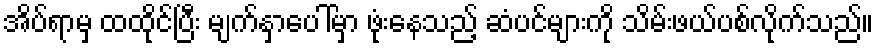
အိပ်ရာမှ ထထိုင်ပြီး မျက်နှာပေါ်မှာ ဖုံးနေသည့် ဆံပင်များကို သိမ်းဖယ်ပစ်လိုက်သည်။